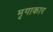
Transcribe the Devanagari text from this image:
मृगाकार